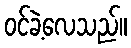
ဝင်ခဲ့လေသည်။